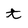
Character: t